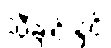
သီချင်းနှင့်